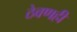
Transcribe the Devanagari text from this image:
ठेवणही